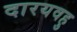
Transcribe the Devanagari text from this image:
दारयवहु